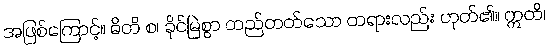
အဖြစ်ကြောင့်။ ဓိတိ စ၊ ခိုင်မြဲစွာ တည်တတ်သော တရားလည်း ဟုတ်၏။ ဣတိ၊